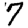
Digit: 7